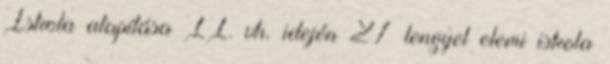
Iskola alapítása II. vh. idején 27 lengyel elemi iskola